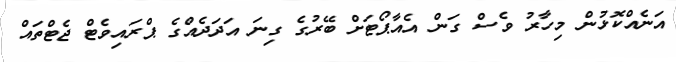
އަނެއްކޮޅުން މިހާރު ވެސް ގަން އެއާޕޯޓަށް ބޭރުގެ ގިނަ އަދަދެއްގެ ޕްރައިވެޓް ޖެޓްތައް